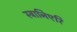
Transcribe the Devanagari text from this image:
स्त्रानिएरि